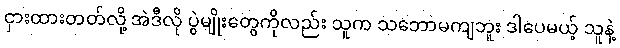
ငှားထားတတ်လို့ အဲဒီလို ပွဲမျိုးတွေကိုလည်း သူက သဘောမကျဘူး ဒါပေမယ့် သူနဲ့